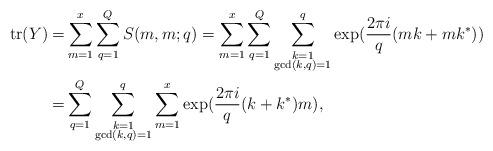
LaTeX: \begin{align*}\mathrm{tr} (Y) = & \sum_{m=1}^x \sum_{q=1}^Q S(m,m;q) = \sum_{m=1}^x \sum_{q=1}^Q \sum_{\substack{k=1 \\ \gcd(k,q)=1}}^q \exp (\frac{2 \pi i }{q} (mk+mk^*)) \\= & \sum_{q=1}^Q \sum_{\substack{k=1 \\ \gcd(k,q)=1}}^q \sum_{m=1}^x \exp (\frac{2 \pi i }{q} (k+k^*)m) , \end{align*}